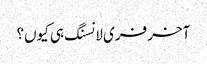
آخر فری لانسنگ ہی کیوں؟